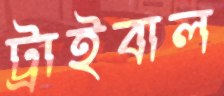
ট্রাইবাল